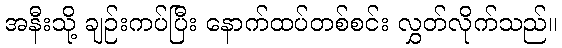
အနီးသို့ ချဉ်းကပ်ပြီး နောက်ထပ်တစ်စင်း လွှတ်လိုက်သည်။